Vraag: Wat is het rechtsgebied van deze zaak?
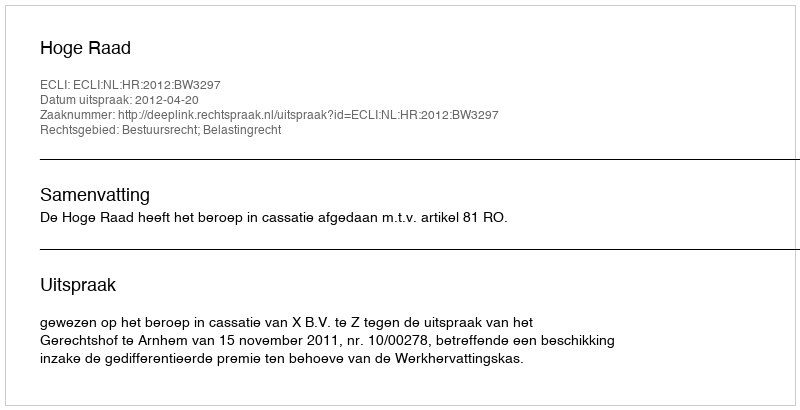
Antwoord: Bestuursrecht; Belastingrecht